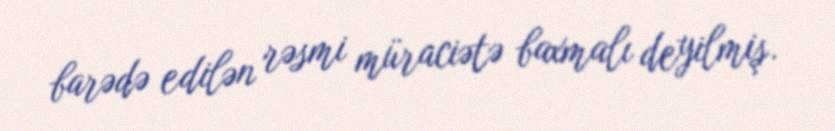
barədə edilən rəsmi müraciətə baxmalı deyilmiş.